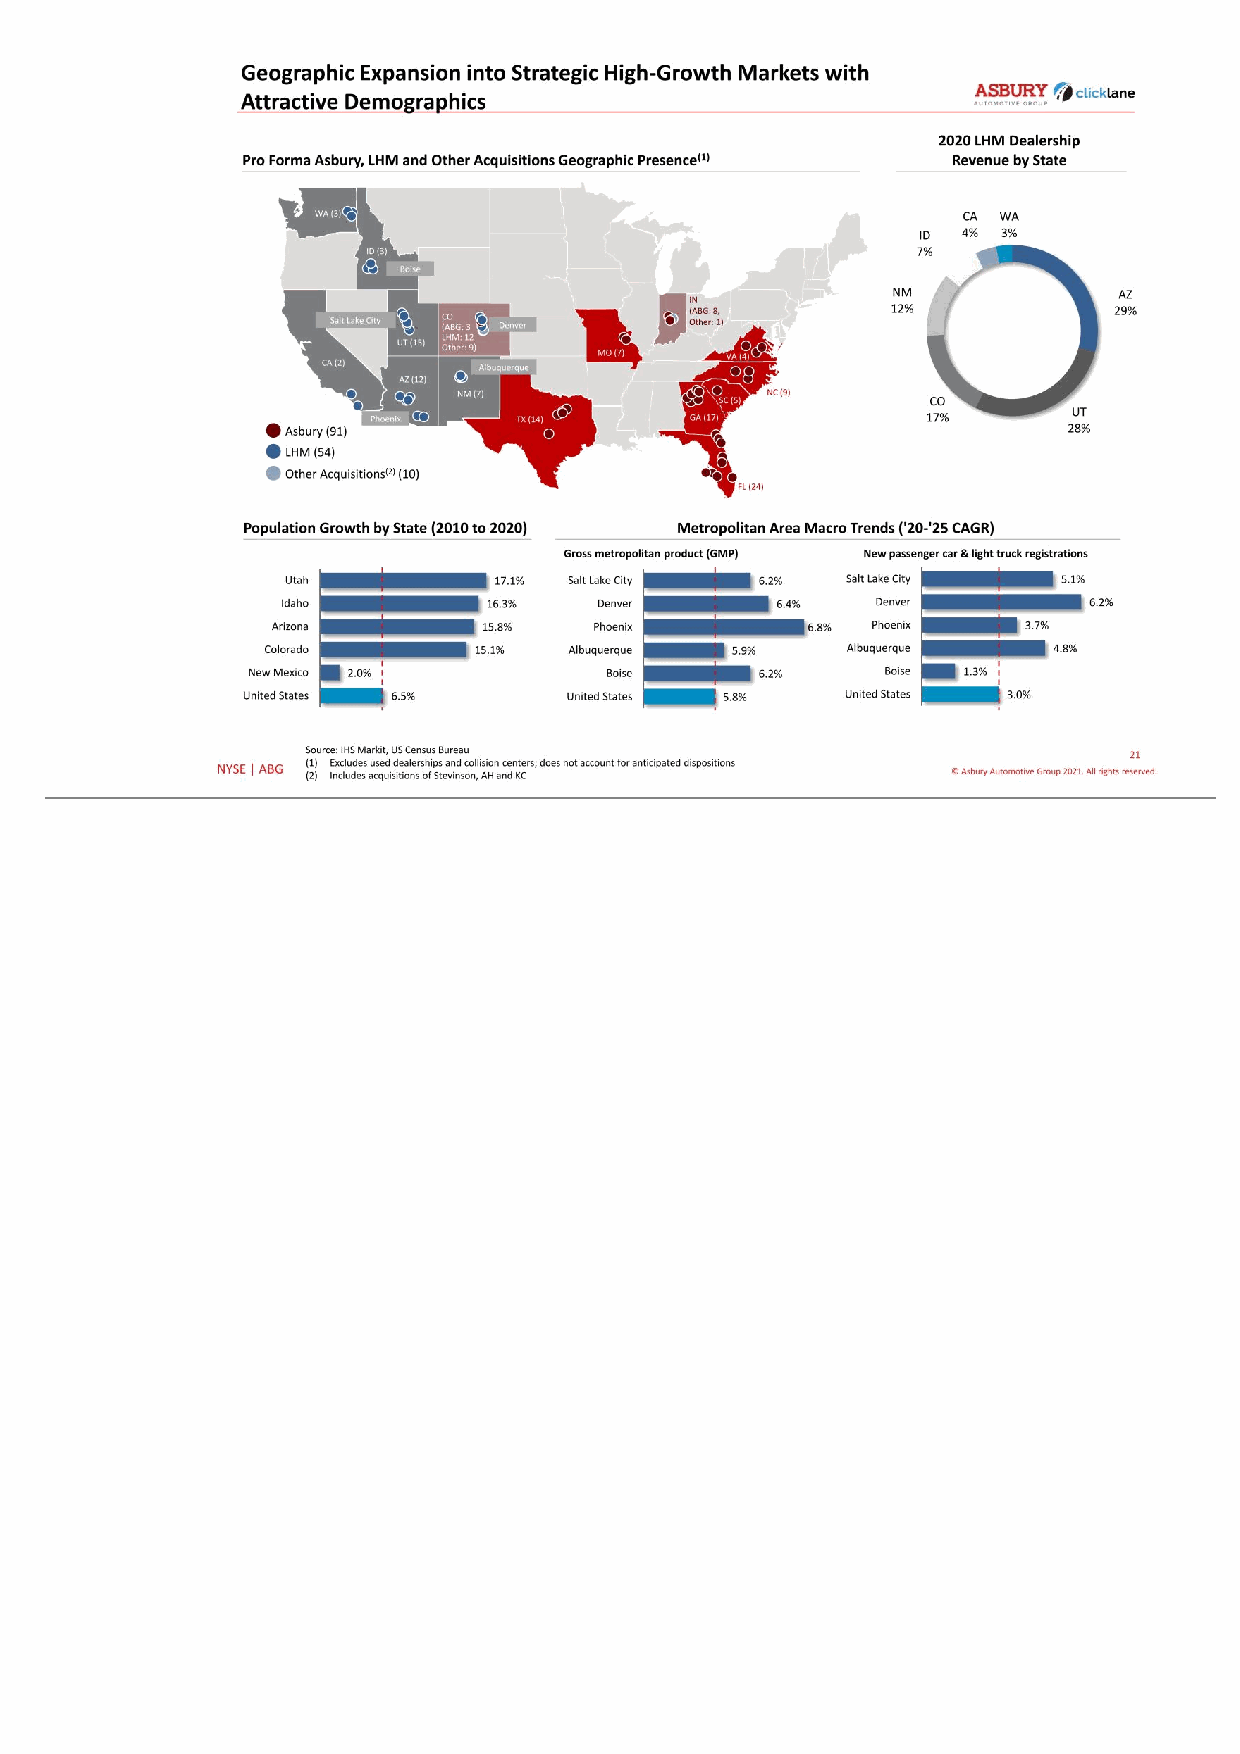
21 © Asbury Automotive Group 2021. All rights reserved.NYSE | ABG Other Acquisitions(2) (10) Source: IHS Markit, US Census Bureau (1) Excludes used dealerships and collision centers; does not account for anticipated dispositions (2) Includes acquisitions of Stevinson, AH and KC 5.1% 6.2% 3.7% 4.8% 1.3% 3.0% Salt Lake City Denver Phoenix Albuquerque Boise United States WA (3) ID (3) CO (ABG: 3 LHM: 12 Other: 9) NM (7) AZ (12) CA (2) UT (15) TX (14) FL (24) MO (7) GA (17) SC (5) VA (4) NC (9) Boise Denver Albuquerque Phoenix Salt Lake City LHM (54) Asbury (91) IN (ABG: 8, Other: 1) AZ 29% UT 28% CO 17% NM 12% ID 7% CA 4% WA 3% 17.1% 16.3% 15.8% 15.1% 2.0% 6.5% Utah Idaho Arizona Colorado New Mexico United States New passenger car & light truck registrationsGross metropolitan product (GMP) 6.2% 6.4% 6.8% 5.9% 6.2% 5.8% Salt Lake City Denver Phoenix Albuquerque Boise United States Geographic Expansion into Strategic High-Growth Markets with Attractive Demographics Pro Forma Asbury, LHM and Other Acquisitions Geographic Presence(1) Metropolitan Area Macro Trends ('20-'25 CAGR)Population Growth by State (2010 to 2020) 2020 LHM Dealership Revenue by State